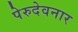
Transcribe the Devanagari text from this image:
पेरुदेवनार